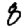
Digit: 8